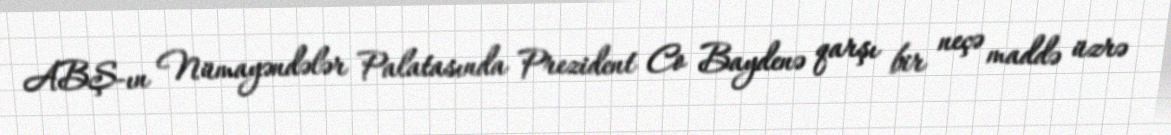
ABŞ-ın Nümayəndələr Palatasında Prezident Co Baydenə qarşı bir neçə maddə üzrə